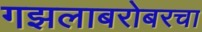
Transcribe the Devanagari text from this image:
गझलाबरोबरचा